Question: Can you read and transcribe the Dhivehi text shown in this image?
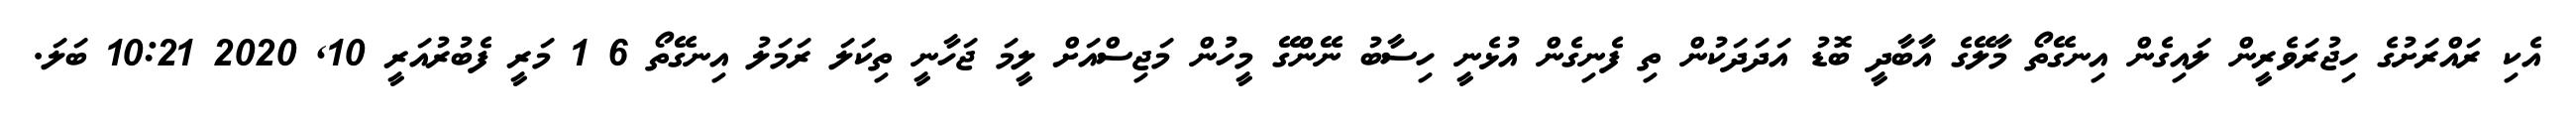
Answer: އެކި ރައްރަށުގެ ހިޖުރަވެރީން ލައިގެން އިނގޭތޯ މާލޭގެ އާބާދީ ބޮޑު އަދަދަކުން ތި ފެނިގެން އުޅެނީ ހިސާބު ނޭންގޭ މީހުން މަޖިސްއަށް ލީމަ ޖަހާނީ ތިކަލަ ރަމަލު އިނގޭތޯ 6 1 މަރީ ފެބުރުއަރީ 10, 2020 10:21 ބަލަ.